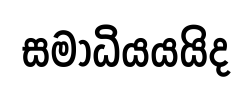
සමාධියයයිද